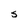
Character: S